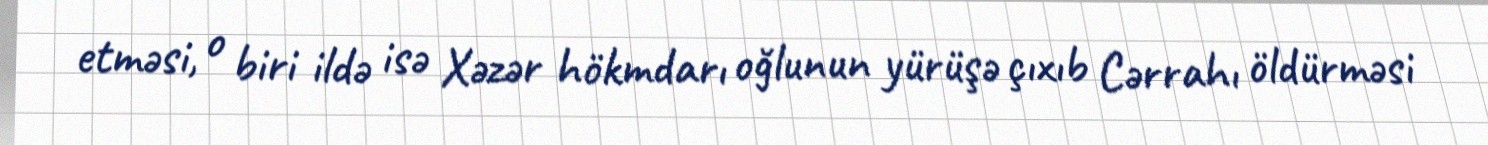
etməsi, o biri ildə isə Xəzər hökmdarı oğlunun yürüşə çıxıb Cərrahı öldürməsi